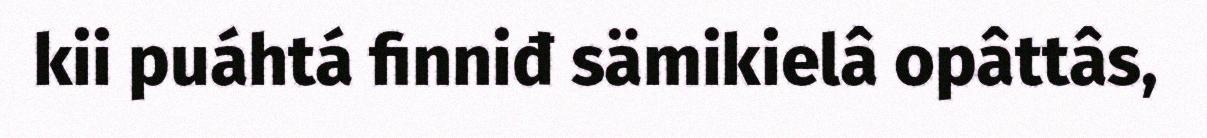
kii puáhtá finniđ sämikielâ opâttâs,